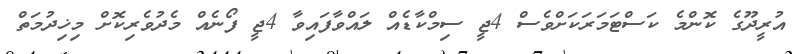
އުރީދޫގެ ކޮންމެ ކަސްޓަމަރަކަށްވެސް 4ޖީ ސިމްކާޑެއް ލައްވާފައިވާ 4ޖީ ފޯނެއް މެދުވެރިކޮށް މިޚިދުމަތް